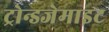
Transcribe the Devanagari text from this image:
ट्रोन्डजेमाइट